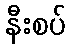
နီးစပ်